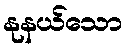
နုနယ်သော